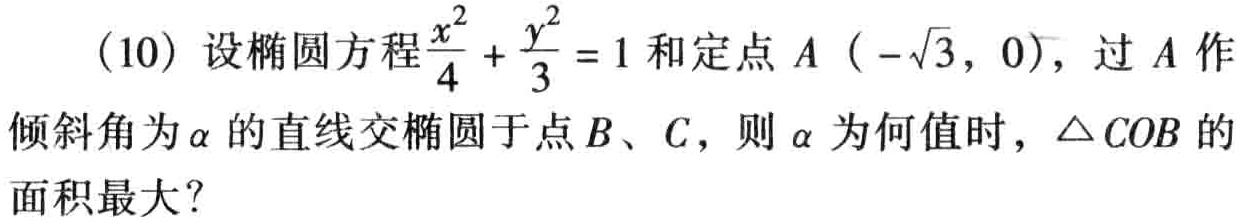
(10) 设椭圆方程$\frac{x^{2}}{4}+\frac{y^{2}}{3}=1$和定点$A\ (- \sqrt{3},0)$，过$A$作倾斜角为$\alpha$的直线交椭圆于点$B$、$C$，则$\alpha$为何值时，$\triangle COB$的面积最大？